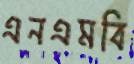
এনএমবি